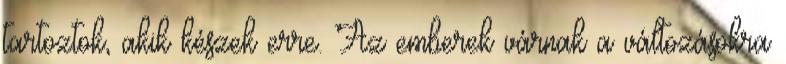
tartoztok, akik készek erre. Az emberek várnak a változásokra